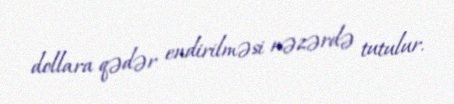
dollara qədər endirilməsi nəzərdə tutulur.